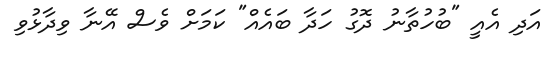
އަދި އެއީ "ބުހުތާނު ދޮގު ހަދާ ބައެއް" ކަމަށް ވެސް އޭނާ ވިދާޅުވި